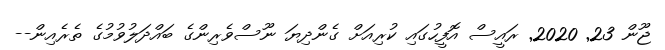
ޖޫން 23